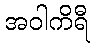
အဝါကိရီ